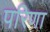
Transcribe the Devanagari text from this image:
परिणा